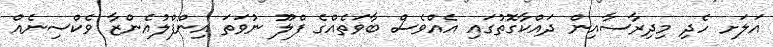
އަލަށ ހެދި މިދިރާސާއިން ދައްކާގޮތުގައި އެއްވެސް ބާވަތެއްގެ ފްލޫ ނުވަތަ އިންފްލުއެންޒާ ވެކްސިނެއް